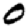
Digit: 0